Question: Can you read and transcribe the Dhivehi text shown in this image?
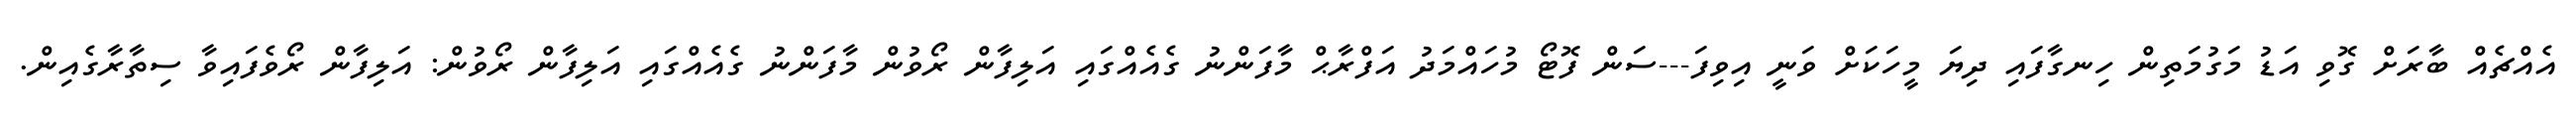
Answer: އެއްޗެއް ބާރަށް ގޮވި އަޑު މަގުމަތިން ހިނގާފައި ދިޔަ މީހަކަށް ވަނީ އިވިފަ---ސަން ފޮޓޯ މުހައްމަދު އަފްރާޙް މާފަންނު ގެއެއްގައި އަލިފާން ރޯވުން މާފަންނު ގެއެއްގައި އަލިފާން ރޯވުން: އަލިފާން ރޯވެފައިވާ ސިތާރާގެއިން.